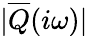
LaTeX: |\overline{{Q}}(i\omega)|